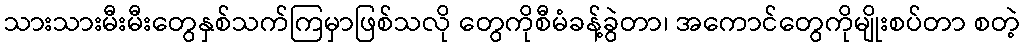
သားသားမီးမီးတွေနှစ်သက်ကြမှာဖြစ်သလို တွေကိုစီမံခန့်ခွဲတာ၊ အကောင်တွေကိုမျိုးစပ်တာ စတဲ့